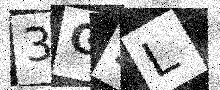
Text: 3GSL